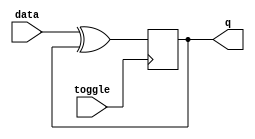
module t_latch (
    input toggle,
    input data,
    output reg q
);

always @(posedge toggle) begin
    if (toggle == 1'b0) begin
        q <= q;
    end else begin
        q <= data ^ q;
    end
end

endmodule